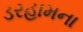
ડરહામના